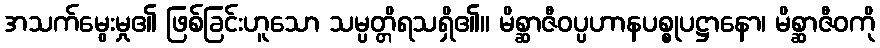
အသက်မွေးမှု၏ ဖြစ်ခြင်းဟူသော သမ္ပတ္တိရသရှိ၏။ မိစ္ဆာဇီဝပ္ပဟာနပစ္စုပဋ္ဌာနော၊ မိစ္ဆာဇီဝကို